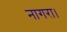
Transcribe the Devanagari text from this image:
नागरा।